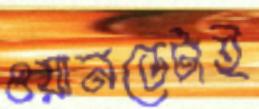
ওয়ানডেটাই